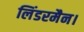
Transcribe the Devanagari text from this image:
लिंडरमैन।